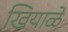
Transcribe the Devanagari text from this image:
खियाळे